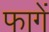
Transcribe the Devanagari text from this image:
फागें